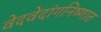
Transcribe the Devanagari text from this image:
वेदवेदांगनिष्णात